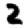
Digit: 2